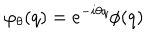
\varphi _ { \theta } ( q ) = e ^ { - i \theta q } \phi ( q )